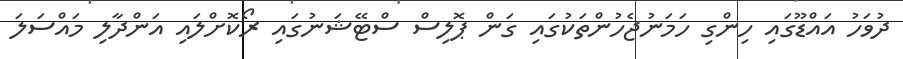
ދުވަހު އައްޑޫގައި ހިންގި ހަމަނުޖެހުންތަކުގައި ގަން ޕޮލިސް ސްޓޭޝަނުގައި ރޯކޮށްލައި އަންދާލި މައްސަލަ